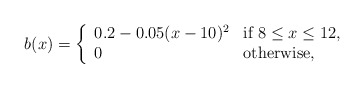
\begin{align*} b(x) = \left\{ \begin{array} {l l} 0.2-0.05(x-10)^2 & \mbox{if } 8\leq x\leq 12, \\ 0 & \mbox{otherwise,} \end{array} \right.\end{align*}